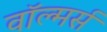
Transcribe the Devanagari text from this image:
वॉल्मर्स